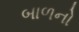
બાળનો